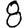
Digit: 8